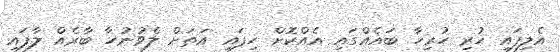
އެލިފައި ހުރި ހުރިހާ ބައެއްގައި އެއްކޮށް ހިފައި އަތަށް ލެވުނުހާ ބާރެއް ލާފައި